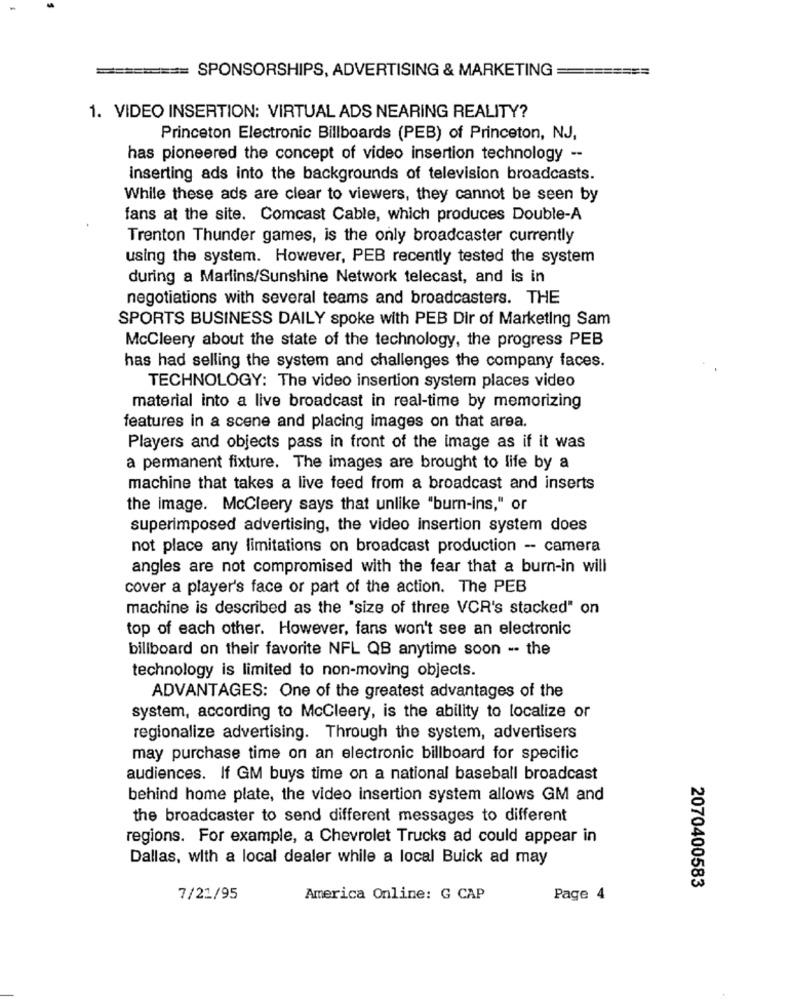
====
SPONSORSHIPS, ADVERTISING & MARKETING
1. VIDEO INSERTION: VIRTUAL ADS NEARING REALITY?
Princeton Electronic Billboards (PEB) of Princeton, NJ,
has pioneered the concept of video insertion technology --
inserting ads into the backgrounds of television broadcasts.
While these ads are clear to viewers, they cannot be seen by
fans at the site. Comcast Cable, which produces Double-A
Trenton Thunder games, is the only broadcaster currently
using the system. However, PEB recently tested the system
during a Martins/Sunshine Network telecast, and is in
negotiations with several teams and broadcasters. THE
SPORTS BUSINESS DAILY spoke with PEB Dir of Marketing Sam
McCleery about the state of the technology, the progress PEB
has had selling the system and challenges the company faces.
TECHNOLOGY: The video insertion system places video
material into a live broadcast in real-time by memorizing
features in a scene and placing images on that area.
Players and objects pass in front of the image as if it was
a permanent fixture. The images are brought to life by a
machine that takes a live feed from a broadcast and inserts
the image. McCleery says that unlike "burn-ins," or
superimposed advertising, the video insertion system does
not place any limitations on broadcast production - camera
angles are not compromised with the fear that a burn-in will
cover a player's face or part of the action. The PEB
machine is described as the "size of three VCR's stacked" on
top of each other. However, fans won't see an electronic
billboard on their favorite NFL QB anytime soon -- the
technology is limited to non-moving objects.
ADVANTAGES: One of the greatest advantages of the
system, according to McCleery, is the ability to localize or
regionalize advertising. Through the system, advertisers
may purchase time on an electronic billboard for specific
audiences. If GM buys time on a national baseball broadcast
behind home plate, the video insertion system allows GM and
the broadcaster to send different messages to different
regions. For example, a Chevrolet Trucks ad could appear in
Dallas, with a local dealer while a local Buick ad may
2070400583
7/21/95
America Online: G CAP
Page 4